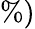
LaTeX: \% )